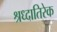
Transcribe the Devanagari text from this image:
श्रध्दातिरेक